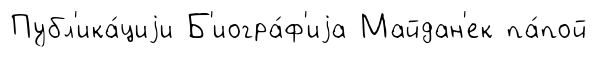
Публ'ика́циjи Б'иогра́ф'иjа Майдан'ек па́пой